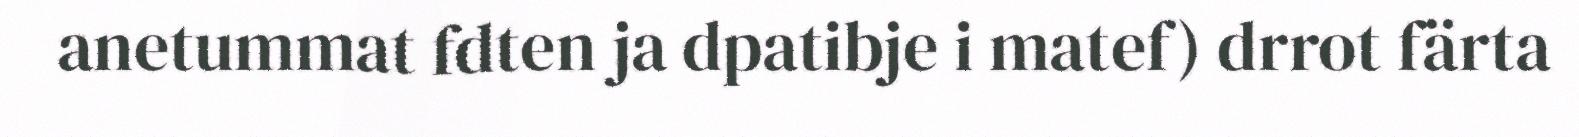
anetummat fdten ja dpatibje i matef) drrot färta